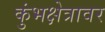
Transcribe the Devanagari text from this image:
कुंभक्षेत्रावर